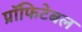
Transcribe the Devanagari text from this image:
प्रॉफिटेबल